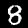
Label: 8